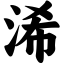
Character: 浠